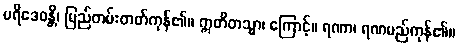
ပရိဒေဝန္တိ၊ မြည်တမ်းတတ်ကုန်၏။ ဣတိတသ္မာ၊ ကြောင့်။ ရဏာ၊ ရဏမည်ကုန်၏။